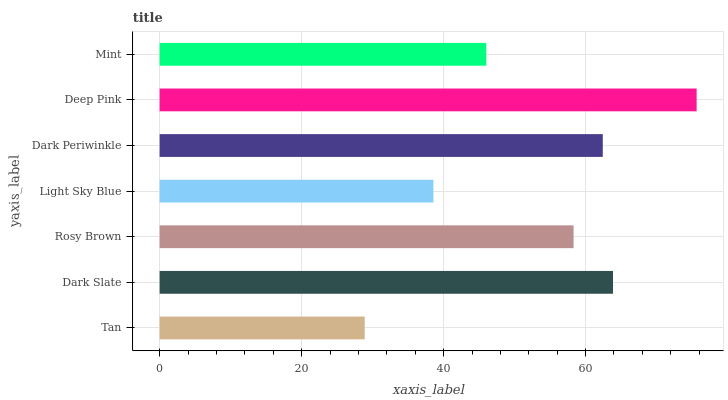
| yaxis_label | bars |
 | --- | --- |
 | Tan | 28.9 |
 | Dark Slate | 63.9 |
 | Rosy Brown | 58.3 |
 | Light Sky Blue | 38.6 |
 | Dark Periwinkle | 62.4 |
 | Deep Pink | 75.6 |
 | Mint | 46 |